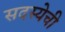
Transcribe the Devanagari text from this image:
सदस्येची